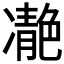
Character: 𩇝